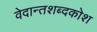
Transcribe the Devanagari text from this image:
वेदान्तशब्दकोश